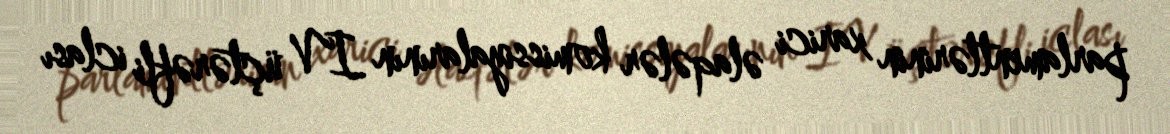
parlamentlərinin xarici əlaqələr komissiyalarının IV üçtərəfli iclası